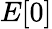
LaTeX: E[0]